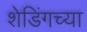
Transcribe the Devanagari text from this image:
शेडिंगच्या